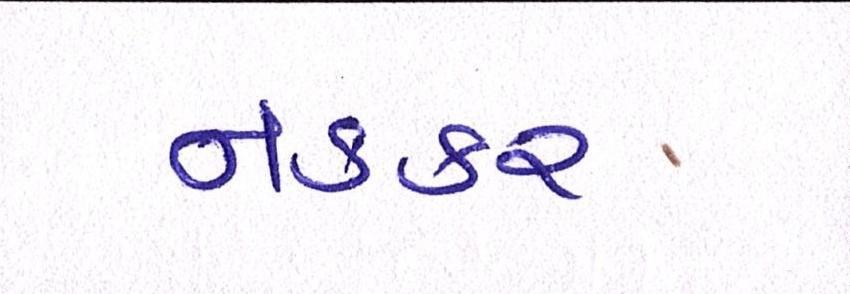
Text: નકકર